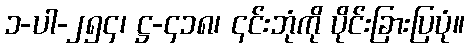
၁-ပါ-၂၅၄၊ ဋ္ဌ-၄၁၈၊ ၎င်းဘုံကို ပိုင်းခြားပြပုံ။